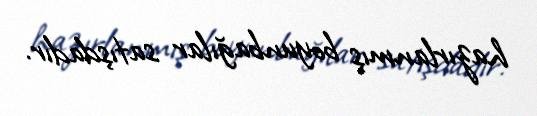
hazırlanmış boyunbağılar satışdadır.